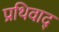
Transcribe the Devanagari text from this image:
प्रथिवाद्